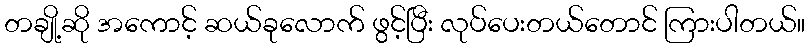
တချို့ဆို အကောင့် ဆယ်ခုလောက် ဖွင့်ပြီး လုပ်ပေးတယ်တောင် ကြားပါတယ်။